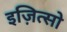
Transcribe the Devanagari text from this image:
इज़ित्सो